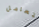
تتعامل